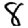
Digit: 8